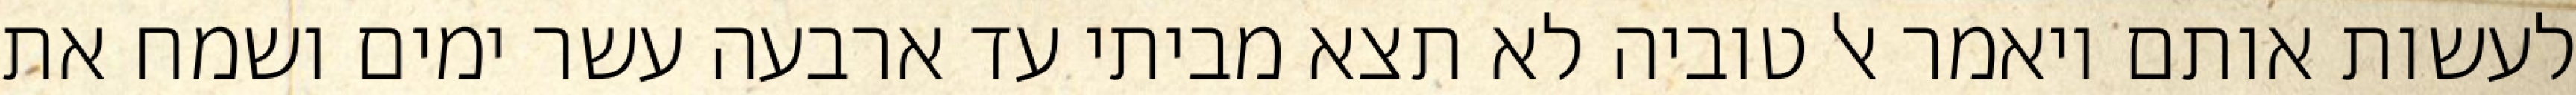
לעשות אותם ויאמר אל טוביה לא תצא מביתי עד ארבעה עשר ימים ושמח את